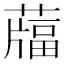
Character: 𦽌